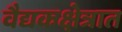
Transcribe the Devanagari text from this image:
वैद्यकक्षेत्रात